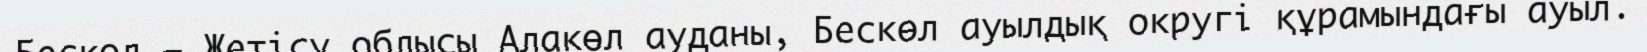
Бескөл — Жетісу облысы Алакөл ауданы, Бескөл ауылдық округі құрамындағы ауыл.